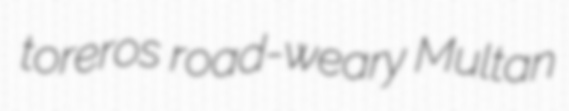
toreros road-weary Multan